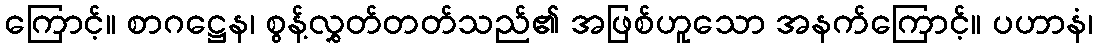
ကြောင့်။ စာဂဋ္ဌေန၊ စွန့်လွှတ်တတ်သည်၏ အဖြစ်ဟူသော အနက်ကြောင့်။ ပဟာနံ၊